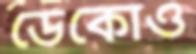
ডেকোও